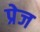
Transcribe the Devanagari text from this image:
प्रेज